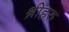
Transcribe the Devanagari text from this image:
श्रीहरु